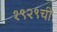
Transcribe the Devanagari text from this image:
१९२९ची